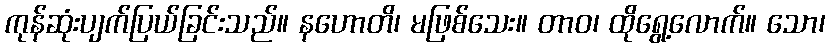
ကုန်ဆုံးပျက်ပြယ်ခြင်းသည်။ နဟောတိ၊ မဖြစ်သေး။ တာဝ၊ ထိုရွေ့လောက်။ သော၊